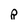
Character: p